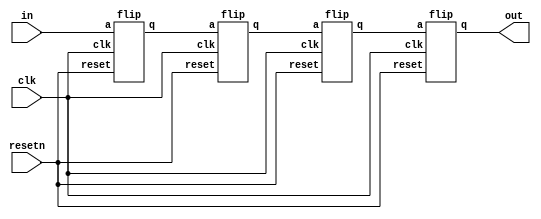
module top_module (
    input clk,
    input resetn,   // synchronous reset
    input in,
    output out);
    wire c1,c2,c3;
    flip d1(clk,resetn,in,c1);
    flip d2(clk,resetn,c1,c2);
    flip d3(clk,resetn,c2,c3);
    flip d4(clk,resetn,c3,out);
    
endmodule
module flip(
    input clk,
    input reset,
    input a,
    output reg q);
    always @(posedge clk)begin
        if(!reset) q <=0;
        else q <= a;
    end
endmodule